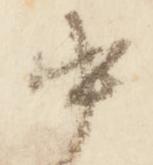
中